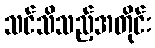
သင်သိသည့်အတိုင်း